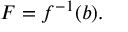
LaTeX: F = f ^ { - 1 } ( b ) .